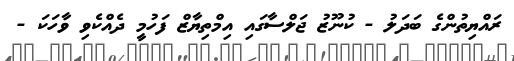
ރައްޔިތުންގެ ބަދަލު - ކުނޫޒު ޖަލްސާގައި އިމްތިޔާޒް ފަހުމީ ދެއްކެވި ވާހަކަ -